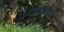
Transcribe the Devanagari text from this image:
केंदाप्रमाणे